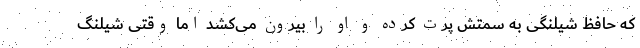
که حافظ شیلنگی به سمتش پرت کرده و او را بیرون می‌کشد اما وقتی شیلنگ